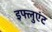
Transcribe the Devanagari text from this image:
इफ्लुएंट